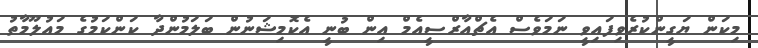
މިކަން ޔަގީންކުރެވިފައިވީ ނަމަވެސް އެޗްއާރްސީއެމް އިން ބުނީ އެކޮމިޝަނުން ބަލަމުންދާ ކަންކަމުގެ މައުލޫމާތު